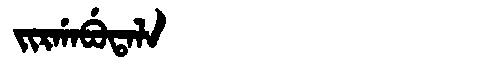
Manchu: ᠵᡳᡵᡤᠠᠪᡠᡨᠠᠯᠠ
Romanization: JIRGABUTALA